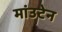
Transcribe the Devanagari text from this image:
मांउटेन